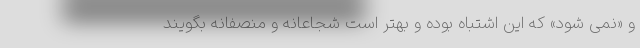
و «نمی شود» که این اشتباه بوده و بهتر است شجاعانه و منصفانه بگویند